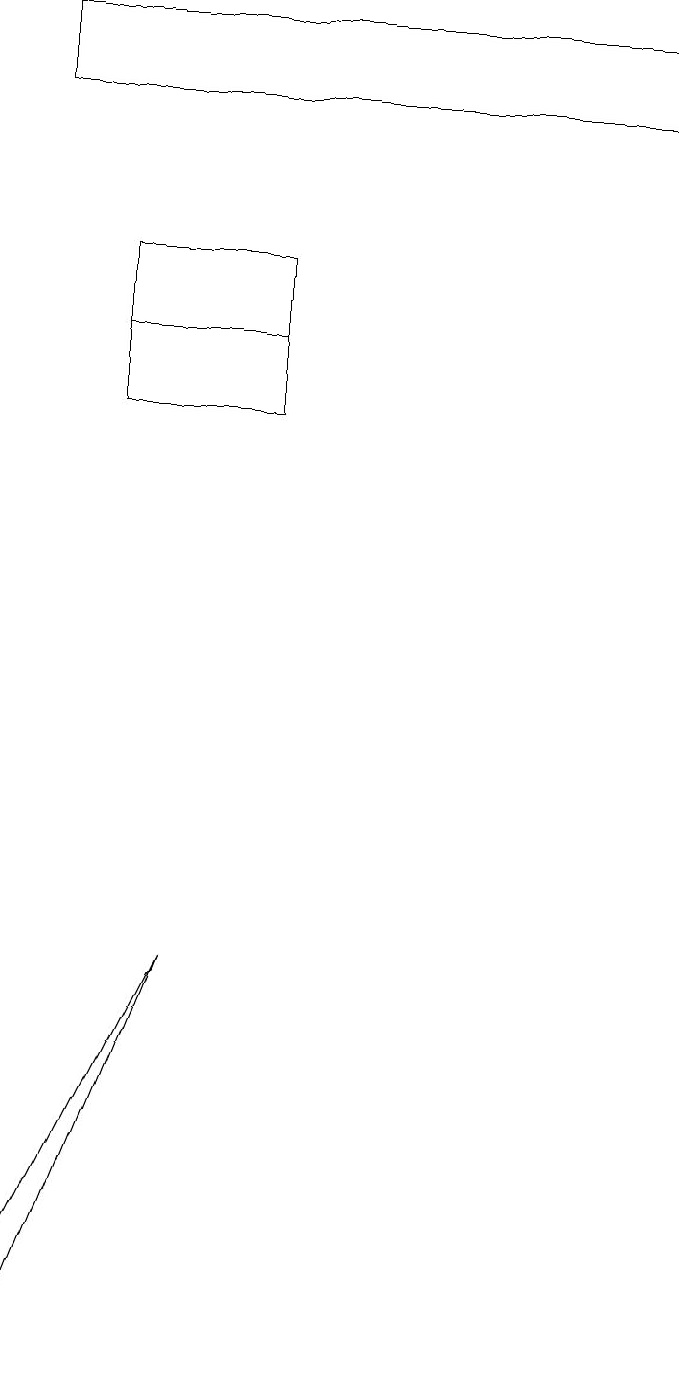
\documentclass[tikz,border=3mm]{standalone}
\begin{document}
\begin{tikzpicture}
\draw (4,14) rectangle (2,16);
\draw (1,3) -- (3,7) -- (1,2) -- cycle;
\draw (2,15) rectangle (4,14);
\draw (1,19) rectangle (9,18);
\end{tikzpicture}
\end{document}